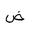
Letter: _dad